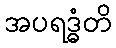
အပရဒ္ဓံတိ